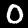
Digit: 0